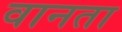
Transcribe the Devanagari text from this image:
वानता